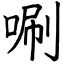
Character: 唰